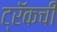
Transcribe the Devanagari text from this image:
ट्रॅकची